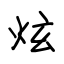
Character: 炫